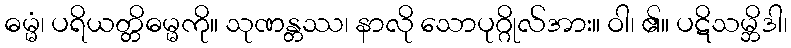
ဓမ္မံ၊ ပရိယတ္တိဓမ္မကို။ သုဏန္တဿ၊ နာလို သောပုဂ္ဂိုလ်အား။ ဝါ၊ ၏။ ပဋိသမ္ဘိဒါ၊